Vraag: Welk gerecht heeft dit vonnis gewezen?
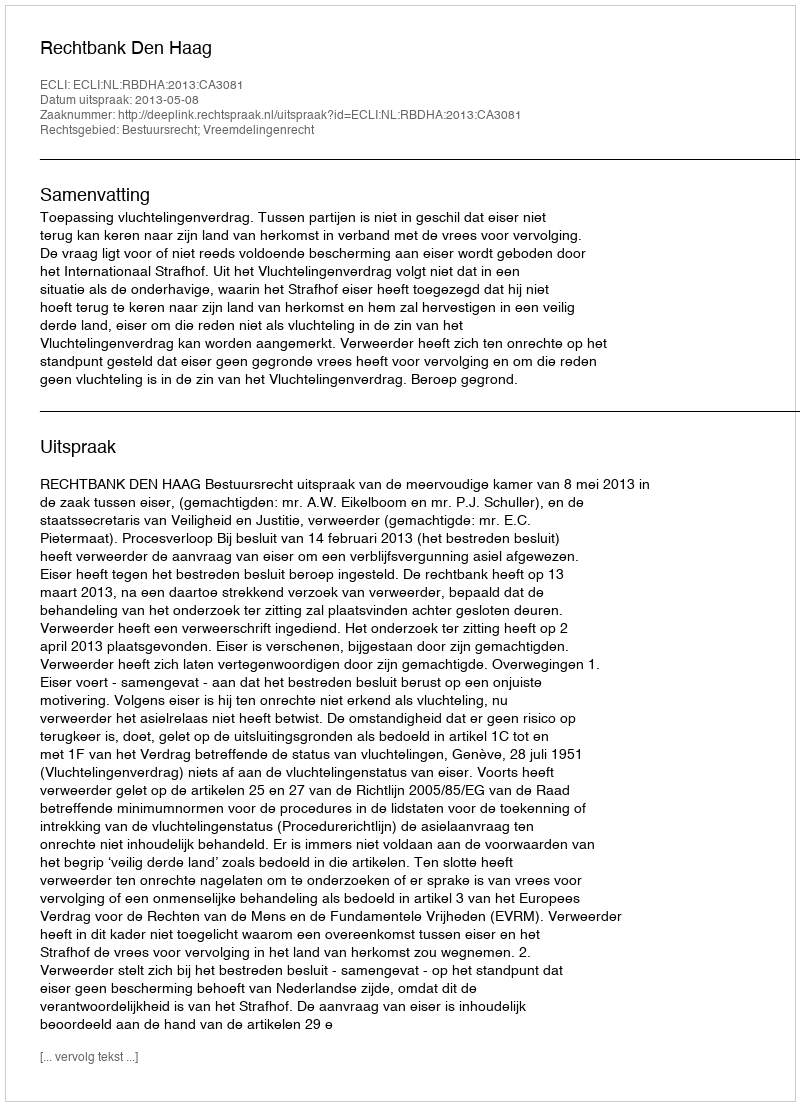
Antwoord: Rechtbank Den Haag